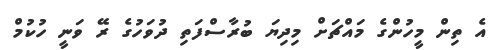
އެ ތިން މީހުންގެ މައްޗަށް މިދިޔަ ބުރާސްފަތި ދުވަހުގެ ރޭ ވަނީ ހުކުމް